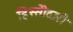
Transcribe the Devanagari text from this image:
हिस्सेोदारी